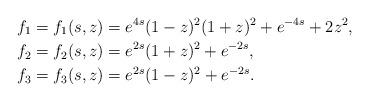
LaTeX: \begin{align*}&f_1=f_1(s,z)=e^{4s}(1-z)^{2}(1+z)^{2}+e^{-4s}+2z^2,\\&f_2=f_2(s,z)=e^{2s}(1+z)^{2}+e^{-2s},\\&f_3=f_3(s,z)=e^{2s}(1-z)^{2}+e^{-2s}.\end{align*}